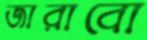
জারাবো